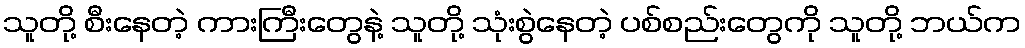
သူတို့ စီးနေတဲ့ ကားကြီးတွေနဲ့ သူတို့ သုံးစွဲနေတဲ့ ပစ်စည်းတွေကို သူတို့ ဘယ်က